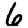
Digit: 6